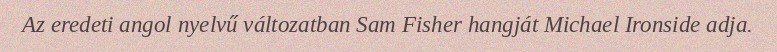
Az eredeti angol nyelvű változatban Sam Fisher hangját Michael Ironside adja.